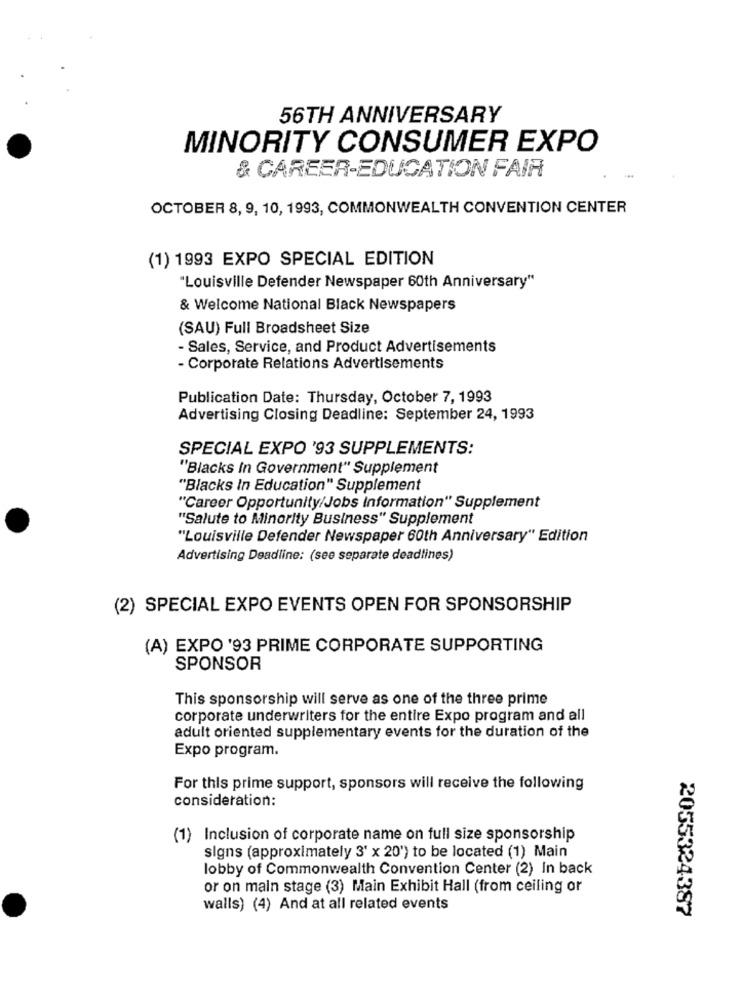
56TH ANNIVERSARY
MINORITY CONSUMER EXPO
& CAREER-EDUCATION FAIR
OCTOBER 8, 9, 10, 1993, COMMONWEALTH CONVENTION CENTER
(1) 1993 EXPO SPECIAL EDITION
"Louisville Defender Newspaper 60th Anniversary"
& Welcome National Black Newspapers
(SAU) Full Broadsheet Size
- Sales, Service, and Product Advertisements
- Corporate Relations Advertisements
Publication Date: Thursday, October 7, 1993
Advertising Closing Deadline: September 24, 1993
SPECIAL EXPO '93 SUPPLEMENTS:
"Blacks In Government" Supplement
"Blacks In Education" Supplement
"Career Opportunity/Jobs Information" Supplement
"Salute to Minority Business" Supplement
"Louisville Defender Newspaper 60th Anniversary" Edition
Advertising Deadline: (see separate deadlines)
(2) SPECIAL EXPO EVENTS OPEN FOR SPONSORSHIP
(A) EXPO '93 PRIME CORPORATE SUPPORTING
SPONSOR
This sponsorship will serve as one of the three prime
corporate underwriters for the entire Expo program and all
adult oriented supplementary events for the duration of the
Expo program.
For this prime support, sponsors will receive the following
consideration:
(1) Inclusion of corporate name on full size sponsorship
signs (approximately 3' x 20') to be located (1) Main
lobby of Commonwealth Convention Center (2) In back
or on main stage (3) Main Exhibit Hall (from ceiling or
walls) (4) And at all related events
2055324387